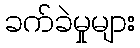
ခက်ခဲမှုများ